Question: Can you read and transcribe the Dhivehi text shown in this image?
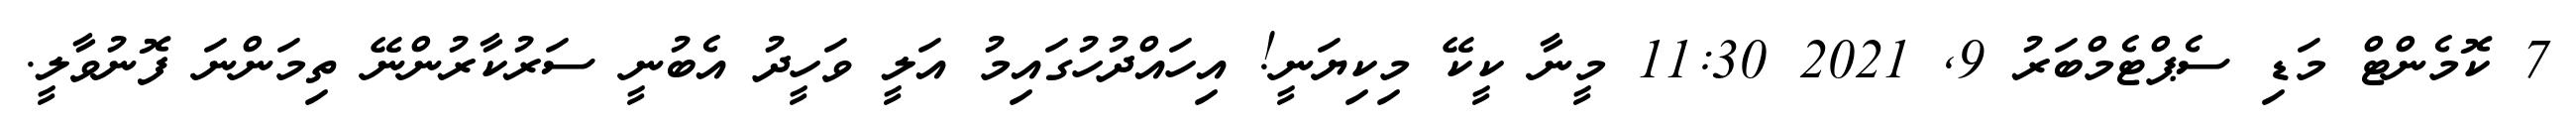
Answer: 7 ކޮމެންޓް މަޑި ސެޕްޓެމްބަރު 9, 2021 11:30 މީނާ ކީކޭ މިކިޔަނީ! އިހައްދުހުގައިމު އަލީ ވަހީދު އެބުނީ ސަރުކާރުންނޭ ތިމަންނަ ފޮނުވާލީ.